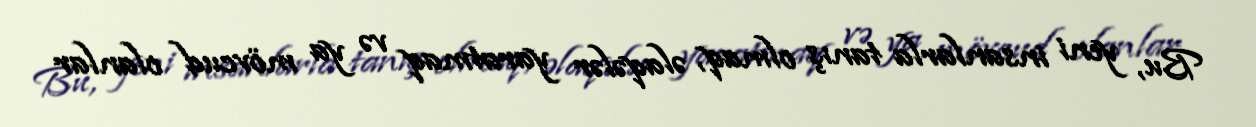
Bu, yeni insanlarla tanış olmaq, əlaqələr yaratmaq və ya mövcud olanlar